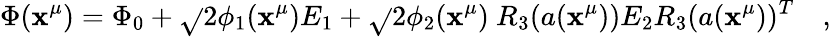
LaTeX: \Phi(\mathbf{x}^{\mu})=\Phi_{0}+\sqrt{}{{2}}\phi_{1}(\mathbf{x}^{\mu})E_{1}+\sqrt{}{{2}}\phi_{2}(\mathbf{x}^{\mu})~R_{3}(a(\mathbf{x}^{\mu}))E_{2}R_{3}(a(\mathbf{x}^{\mu}))^{T}\quad,